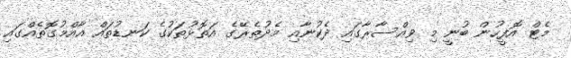
މެޓް އޮފީހުން ބުނީ މި ވިއްސާރާގައި ދެކުނާއި މެދުތެރޭގެ އަތޮޅުތަކުގެ ކަނޑުތައްް އާއްމުގޮތެއްގައި